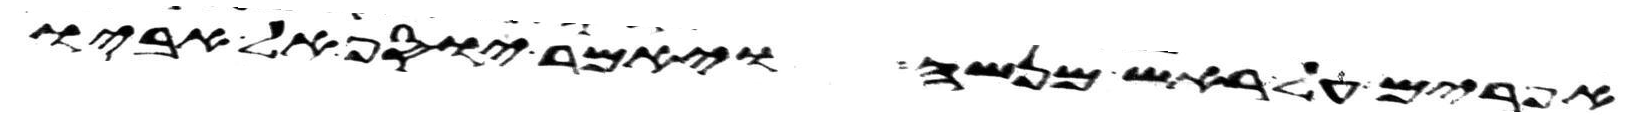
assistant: אפרים על ראש מנשה ויאמר יוסף אל אביו